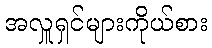
အလှူရှင်များကိုယ်စား